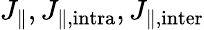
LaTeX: J_{\parallel},J_{\parallel,\mathrm{intra}},J_{\parallel,\mathrm{inter}}